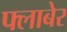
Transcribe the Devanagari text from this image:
फ्लाबेर